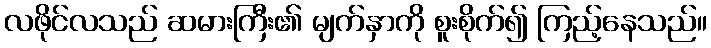
လဖိုင်လသည် ဆမားကြီး၏ မျက်နှာကို စူးစိုက်၍ ကြည့်နေသည်။